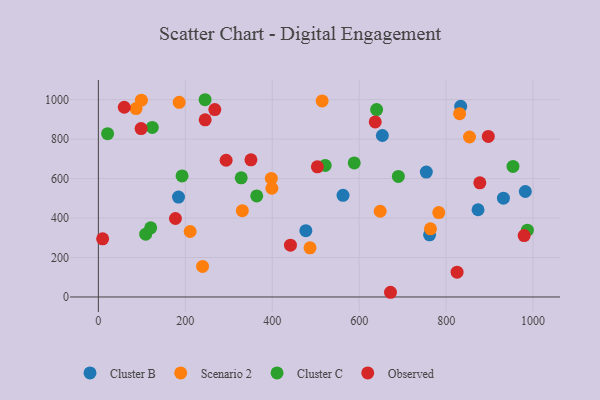
{"axis": {"x": "Ad Spend", "y": "Sales"}, "legend": ["Cluster B", "Cluster C", "Observed", "Scenario 2"], "data": [{"x": "931.8", "y": 500.7, "type": "Cluster B"}, {"x": "833.5", "y": 966.5, "type": "Cluster B"}, {"x": "653.3", "y": 818.5, "type": "Cluster B"}, {"x": "761.9", "y": 315.2, "type": "Cluster B"}, {"x": "754.4", "y": 633.2, "type": "Cluster B"}, {"x": "184.3", "y": 506.4, "type": "Cluster B"}, {"x": "982.2", "y": 534.5, "type": "Cluster B"}, {"x": "873.4", "y": 442.1, "type": "Cluster B"}, {"x": "477.3", "y": 336.2, "type": "Cluster B"}, {"x": "562.8", "y": 515.1, "type": "Cluster B"}, {"x": "99.0", "y": 997.4, "type": "Scenario 2"}, {"x": "239.7", "y": 154.7, "type": "Scenario 2"}, {"x": "211.2", "y": 331.8, "type": "Scenario 2"}, {"x": "783.1", "y": 427.7, "type": "Scenario 2"}, {"x": "831.0", "y": 929.1, "type": "Scenario 2"}, {"x": "331.2", "y": 437.2, "type": "Scenario 2"}, {"x": "185.9", "y": 986.5, "type": "Scenario 2"}, {"x": "648.3", "y": 434.4, "type": "Scenario 2"}, {"x": "399.1", "y": 551.1, "type": "Scenario 2"}, {"x": "397.9", "y": 600.7, "type": "Scenario 2"}, {"x": "86.7", "y": 955.0, "type": "Scenario 2"}, {"x": "514.8", "y": 993.5, "type": "Scenario 2"}, {"x": "764.0", "y": 345.2, "type": "Scenario 2"}, {"x": "853.8", "y": 810.8, "type": "Scenario 2"}, {"x": "486.9", "y": 248.9, "type": "Scenario 2"}, {"x": "953.8", "y": 661.7, "type": "Cluster C"}, {"x": "245.5", "y": 999.7, "type": "Cluster C"}, {"x": "328.6", "y": 603.9, "type": "Cluster C"}, {"x": "640.1", "y": 949.7, "type": "Cluster C"}, {"x": "124.0", "y": 859.3, "type": "Cluster C"}, {"x": "108.9", "y": 318.2, "type": "Cluster C"}, {"x": "364.3", "y": 512.3, "type": "Cluster C"}, {"x": "690.1", "y": 611.2, "type": "Cluster C"}, {"x": "986.9", "y": 338.6, "type": "Cluster C"}, {"x": "521.8", "y": 666.7, "type": "Cluster C"}, {"x": "120.4", "y": 350.7, "type": "Cluster C"}, {"x": "588.6", "y": 679.6, "type": "Cluster C"}, {"x": "21.3", "y": 827.5, "type": "Cluster C"}, {"x": "192.5", "y": 613.4, "type": "Cluster C"}, {"x": "503.8", "y": 659.6, "type": "Observed"}, {"x": "351.0", "y": 695.2, "type": "Observed"}, {"x": "897.0", "y": 813.9, "type": "Observed"}, {"x": "979.5", "y": 311.4, "type": "Observed"}, {"x": "177.3", "y": 397.7, "type": "Observed"}, {"x": "9.8", "y": 294.5, "type": "Observed"}, {"x": "245.7", "y": 897.8, "type": "Observed"}, {"x": "59.6", "y": 961.6, "type": "Observed"}, {"x": "877.5", "y": 578.7, "type": "Observed"}, {"x": "98.3", "y": 853.5, "type": "Observed"}, {"x": "441.9", "y": 262.4, "type": "Observed"}, {"x": "267.9", "y": 950.0, "type": "Observed"}, {"x": "293.9", "y": 693.0, "type": "Observed"}, {"x": "636.9", "y": 887.2, "type": "Observed"}, {"x": "672.0", "y": 23.8, "type": "Observed"}, {"x": "825.2", "y": 125.6, "type": "Observed"}]}